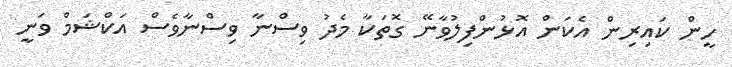
ހީން ކައިރިން އެކަން އޮޅުންފިލުވާނޭ ގޮތަކާ މެދު ވިސްނާ ވިސްނާވެސް އަކްޝަމް ވަނީ